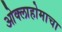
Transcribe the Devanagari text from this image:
ओक्लाहोमाचा